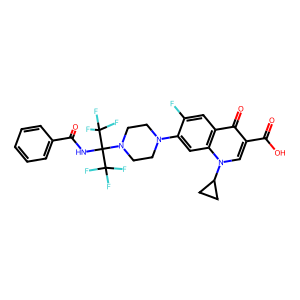
SMILES: O=C(NC(N1CCN(c2cc3c(cc2F)c(=O)c(C(=O)O)cn3C2CC2)CC1)(C(F)(F)F)C(F)(F)F)c1ccccc1
Inhibits HIV replication: No